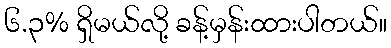
၆.၃% ရှိမယ်လို့ ခန့်မှန်းထားပါတယ်။